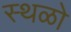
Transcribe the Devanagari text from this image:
स्थळो